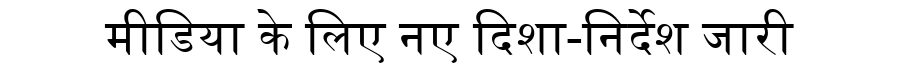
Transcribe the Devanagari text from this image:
मीडिया के लिए नए दिशा-निर्देश जारी